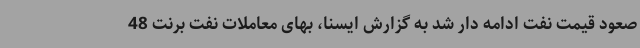
صعود قیمت نفت ادامه دار شد به گزارش ایسنا، بهای معاملات نفت برنت 48